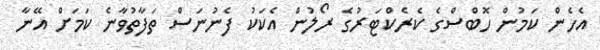
އެހެން ކަމުން ހޮބްސްގެ ކެރެކްޓަރުގެ ރޯލުން އެކަކު ފެނުނަސް ތަފާތުވާނެ ކަމަށް އޭނާ